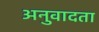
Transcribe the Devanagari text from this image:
अनुवादता